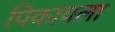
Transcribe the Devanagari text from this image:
पिकायला